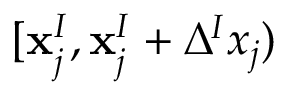
[ \mathbf { x } _ { j } ^ { I } , \mathbf { x } _ { j } ^ { I } + \Delta ^ { I } x _ { j } )